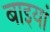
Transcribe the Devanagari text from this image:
बाइयां